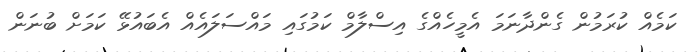
ކަމެއް ކުރަމުން ގެންދާނަމަ އެމީހެއްގެ އިސްލާމް ކަމުގައި މައްސަލައެއް އެބައުޅޭ ކަމަށް ބުނަން